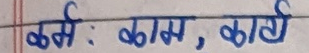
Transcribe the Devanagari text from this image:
कर्म : काम, कार्य